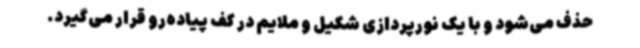
حذف می‌شود و با یک نورپردازی شکیل و ملایم در کف پیاده‌رو قرار می‌گیرد.